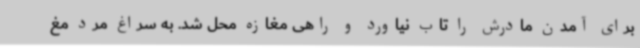
برای آمدن مادرش را تاب نیاورد و راهی مغازه محل شد. به سراغ مرد مغ